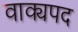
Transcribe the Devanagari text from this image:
वाक्यपद